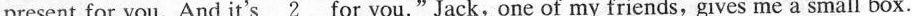
present for you. And it's \underline{2} for you."Jack,one of my friends, gives me a small box.